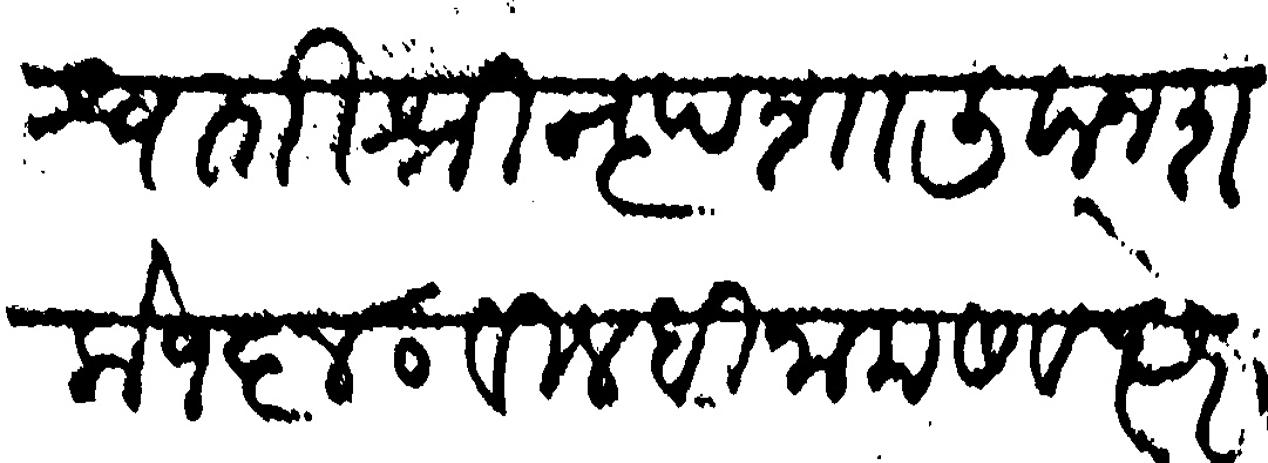
Transliteration (Devanagari): स्वस्ती श्री नृपशालीवान शके १६४० वीलधीनाम सवत्छरे